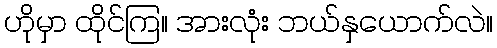
ဟိုမှာ ထိုင်ကြ။ အားလုံး ဘယ်နှယောက်လဲ။